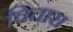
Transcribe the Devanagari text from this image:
चितारा